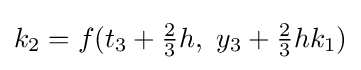
k_{2}=f(t_{3}+{\tfrac {2}{3}}h,\ y_{3}+{\tfrac {2}{3}}hk_{1})